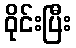
ဝိုင်းပြီး